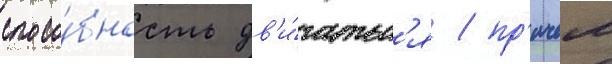
спосо́бность дв'и́гатьс'я / пр'ичем